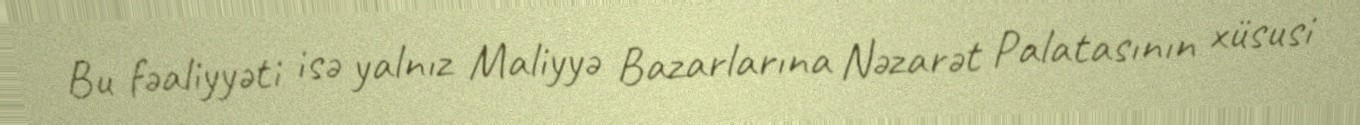
Bu fəaliyyəti isə yalnız Maliyyə Bazarlarına Nəzarət Palatasının xüsusi